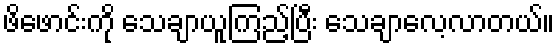
ဖိဖောင်းကို သေချာယူကြည့်ပြီး သေချာလေ့လာတယ်။